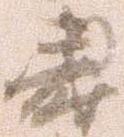
寿